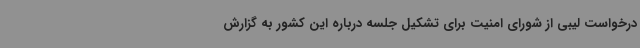
درخواست لیبی از شورای امنیت برای تشکیل جلسه درباره این کشور به گزارش